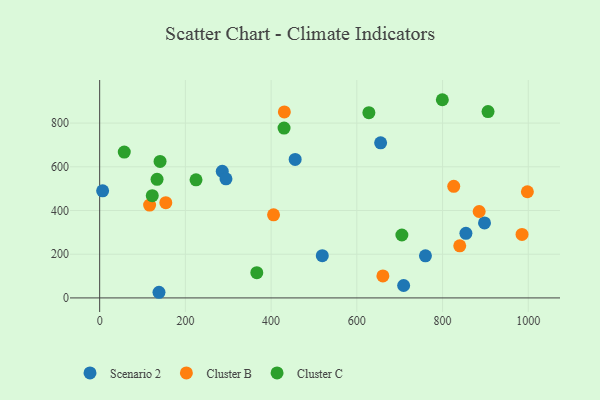
{"axis": {"x": "Speed", "y": "Demand"}, "legend": ["Cluster B", "Cluster C", "Scenario 2"], "data": [{"x": "286.0", "y": 579.1, "type": "Scenario 2"}, {"x": "897.9", "y": 343.1, "type": "Scenario 2"}, {"x": "655.5", "y": 709.8, "type": "Scenario 2"}, {"x": "456.1", "y": 633.7, "type": "Scenario 2"}, {"x": "519.4", "y": 193.4, "type": "Scenario 2"}, {"x": "709.2", "y": 56.8, "type": "Scenario 2"}, {"x": "294.7", "y": 545.1, "type": "Scenario 2"}, {"x": "854.5", "y": 295.5, "type": "Scenario 2"}, {"x": "6.9", "y": 489.9, "type": "Scenario 2"}, {"x": "760.1", "y": 192.4, "type": "Scenario 2"}, {"x": "138.4", "y": 25.8, "type": "Scenario 2"}, {"x": "405.7", "y": 380.2, "type": "Cluster B"}, {"x": "997.9", "y": 485.8, "type": "Cluster B"}, {"x": "116.5", "y": 424.7, "type": "Cluster B"}, {"x": "840.1", "y": 238.4, "type": "Cluster B"}, {"x": "826.1", "y": 510.8, "type": "Cluster B"}, {"x": "985.4", "y": 290.3, "type": "Cluster B"}, {"x": "660.8", "y": 100.5, "type": "Cluster B"}, {"x": "885.4", "y": 395.5, "type": "Cluster B"}, {"x": "430.9", "y": 851.2, "type": "Cluster B"}, {"x": "154.3", "y": 436.0, "type": "Cluster B"}, {"x": "705.1", "y": 287.9, "type": "Cluster C"}, {"x": "122.7", "y": 467.8, "type": "Cluster C"}, {"x": "366.6", "y": 115.4, "type": "Cluster C"}, {"x": "57.4", "y": 667.2, "type": "Cluster C"}, {"x": "906.1", "y": 852.5, "type": "Cluster C"}, {"x": "140.9", "y": 624.6, "type": "Cluster C"}, {"x": "430.2", "y": 777.4, "type": "Cluster C"}, {"x": "799.5", "y": 906.9, "type": "Cluster C"}, {"x": "224.8", "y": 540.5, "type": "Cluster C"}, {"x": "628.1", "y": 847.5, "type": "Cluster C"}, {"x": "133.9", "y": 542.5, "type": "Cluster C"}]}